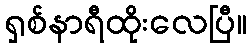
ရှစ်နာရီထိုးလေပြီ။